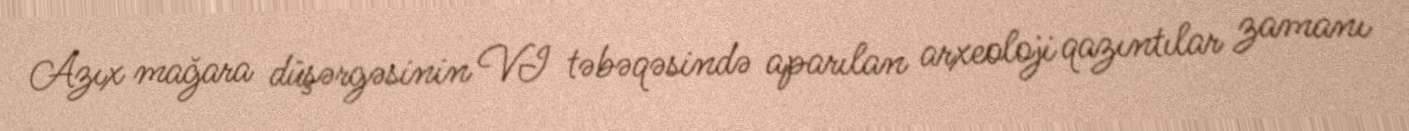
Azıx mağara düşərgəsinin VI təbəqəsində aparılan arxeoloji qazıntılar zamanı